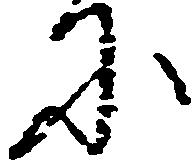
に